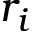
r _ { i }